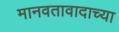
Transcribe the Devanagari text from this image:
मानवतावादाच्या